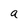
Character: a